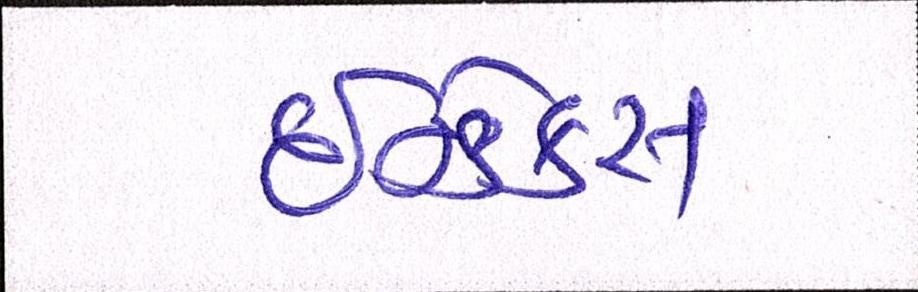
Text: ઇન્ડેક્સ